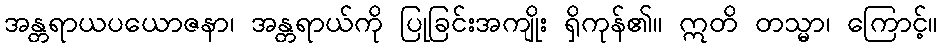
အန္တရာယပယောဇနာ၊ အန္တရာယ်ကို ပြုခြင်းအကျိုး ရှိကုန်၏။ ဣတိ တသ္မာ၊ ကြောင့်။